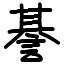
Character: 諅